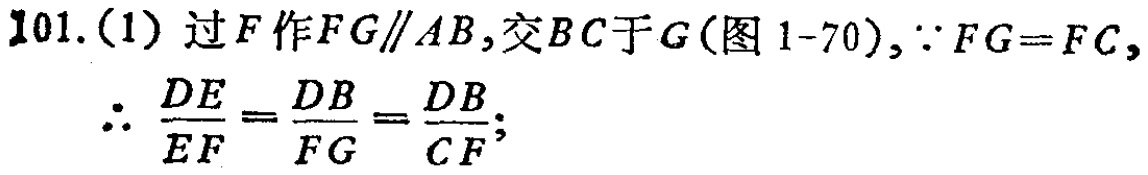
101.(1) 过\(F\)作\(FG\parallel AB\)，交\(BC\)于\(G\)(图 1-70)，\(\because FG = FC\)，

\(\therefore \frac{DE}{EF}=\frac{DB}{FG}=\frac{DB}{CF}\)；